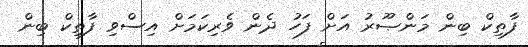
ފާތިކް ބިން މަންޞޫރު އަށް ފަހު ދެން ވެރިކަމަށް އިސްވި ފާތިކް ބިން